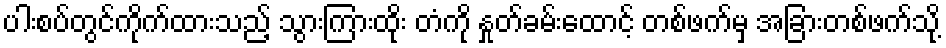
ပါးစပ်တွင်ကိုက်ထားသည့် သွားကြားထိုး တံကို နှုတ်ခမ်းထောင့် တစ်ဖက်မှ အခြားတစ်ဖက်သို့